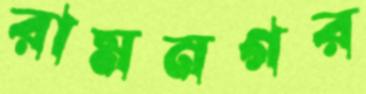
রামনগর